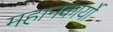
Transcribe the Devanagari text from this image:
महानकार्यो